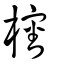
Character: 㰂